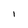
Character: I